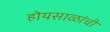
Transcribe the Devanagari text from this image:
होयसाळांची